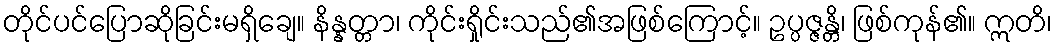
တိုင်ပင်ပြောဆိုခြင်းမရှိချေ။ နိန္နတ္တာ၊ ကိုင်းရှိုင်းသည်၏အဖြစ်ကြောင့်။ ဥပ္ပဇ္ဇန္တိ၊ ဖြစ်ကုန်၏။ ဣတိ၊